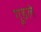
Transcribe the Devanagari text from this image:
गुडले